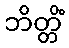
ဘိတ္တိံ